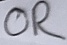
Text: OR